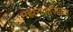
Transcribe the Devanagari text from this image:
महाराजांजवळ